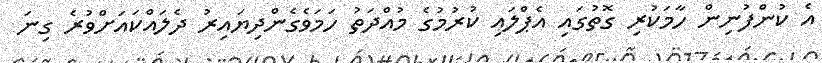
އެ ކުންފުނިން ހާމަކުރި ގޮތުގައި އެޕްލައި ކުރުމުގެ މުއްދަތު ހަމަވެގެންދިޔައިރު ދެލައްކައަށްވުރެ ގިނަ